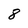
Character: 8